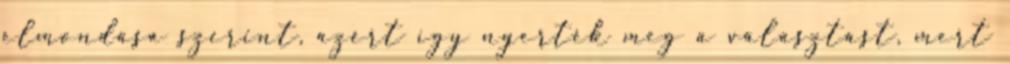
elmondása szerint, azért így nyerték meg a választást, mert